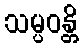
သမ္ပဝန္တိ